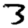
Digit: 3